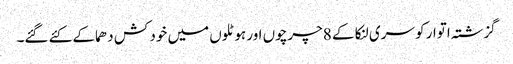
گزشتہ اتوار کو سری لنکا کے 8چرچوں اور ہوٹلوں میں خود کش دھماکے کئے گئے۔